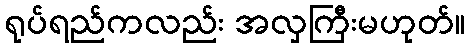
ရုပ်ရည်ကလည်း အလှကြီးမဟုတ်။